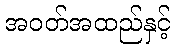
အဝတ်အထည်နှင့်